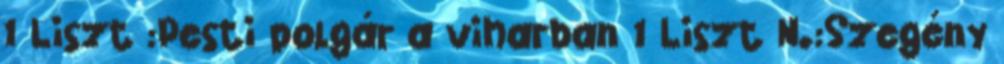
1 Liszt :Pesti polgár a viharban 1 Liszt N.:Szegény